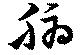
腑